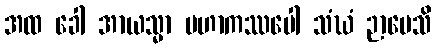
အထ ခေါ အာယသ္မာ မဟာကဿပေါ သံဃံ ဉာပေသိ